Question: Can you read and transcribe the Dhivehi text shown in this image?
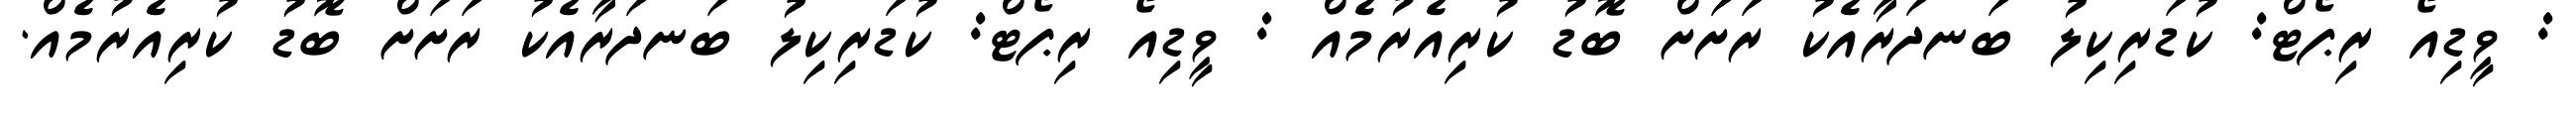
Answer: : ވީޑިއޯ ރިޕޯޓް: ކުޑަރިކިލު ބަނދަރާއެކު ރަށަށް ބޮޑު ކުރިއެރުމެއް : ވީޑިއޯ ރިޕޯޓް: ކުޑަރިކިލު ބަނދަރާއެކު ރަށަށް ބޮޑު ކުރިއެރުމެއް.